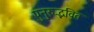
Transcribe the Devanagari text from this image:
पुनुरुद्भवित